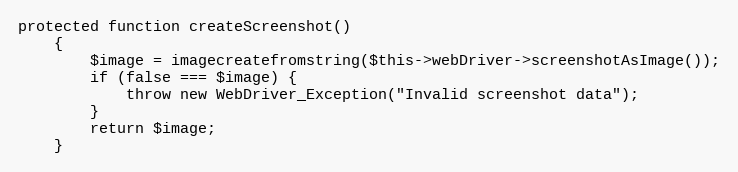
Language: PHP
protected function createScreenshot()
    {
        $image = imagecreatefromstring($this->webDriver->screenshotAsImage());
        if (false === $image) {
            throw new WebDriver_Exception("Invalid screenshot data");
        }
        return $image;
    }